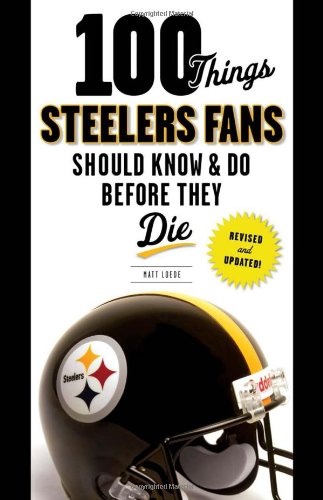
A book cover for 100 Things Steelers Fans Should Know & Do Before They Die (100 Things...Fans Should Know); Matt Loede; Travel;